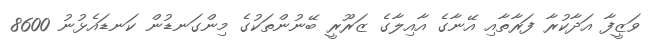
ވަޒީފާ އަދާކުރާ ފަރާތާއި އޭނާގެ އާއިލާގެ ޒަރޫރީ ބޭނުންތަކުގެ މިންގަނޑުން ކަނޑައެޅުނު 8600